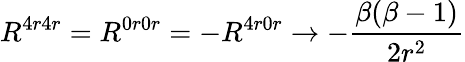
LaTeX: R^{4r4r}=R^{0r0r}=-R^{4r0r}\rightarrow-\frac{\beta(\beta-1)}{2r^{2}}